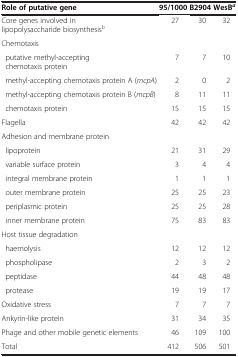
<table><thead><tr><td><b>Role of putative gene</b></td><td><b>95/1000</b></td><td><b>B2904</b></td><td><b>WesB<sup><i>a</i></sup></b></td></tr></thead><tbody><tr><td>Core genes involved in lipopolysaccharide biosynthesis<sup><i>b</i></sup></td><td>27</td><td>30</td><td>32</td></tr><tr><td colspan="4">Chemotaxis</td></tr><tr><td> putative methyl-acceptingchemotaxis protein</td><td>7</td><td>7</td><td>10</td></tr><tr><td> methyl-accepting chemotaxis protein A (<i>mcpA</i>)</td><td>2</td><td>0</td><td>2</td></tr><tr><td> methyl-accepting chemotaxis protein B (<i>mcpB</i>)</td><td>8</td><td>11</td><td>11</td></tr><tr><td> chemotaxis protein</td><td>15</td><td>15</td><td>15</td></tr><tr><td>Flagella</td><td>42</td><td>42</td><td>42</td></tr><tr><td colspan="4">Adhesion and membrane protein</td></tr><tr><td> lipoprotein</td><td>21</td><td>31</td><td>29</td></tr><tr><td> variable surface protein</td><td>3</td><td>4</td><td>4</td></tr><tr><td> integral membrane protein</td><td>1</td><td>1</td><td>1</td></tr><tr><td> outer membrane protein</td><td>25</td><td>25</td><td>23</td></tr><tr><td> periplasmic protein</td><td>25</td><td>25</td><td>28</td></tr><tr><td> inner membrane protein</td><td>75</td><td>83</td><td>83</td></tr><tr><td colspan="4">Host tissue degradation</td></tr><tr><td> haemolysis</td><td>12</td><td>12</td><td>12</td></tr><tr><td> phospholipase</td><td>2</td><td>3</td><td>2</td></tr><tr><td> peptidase</td><td>44</td><td>48</td><td>48</td></tr><tr><td> protease</td><td>19</td><td>19</td><td>17</td></tr><tr><td>Oxidative stress</td><td>7</td><td>7</td><td>7</td></tr><tr><td>Ankyrin-like protein</td><td>31</td><td>34</td><td>35</td></tr><tr><td>Phage and other mobile genetic elements</td><td>46</td><td>109</td><td>100</td></tr><tr><td>Total</td><td>412</td><td>506</td><td>501</td></tr></tbody></table>